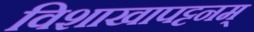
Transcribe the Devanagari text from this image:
विशाखापट्टनम्